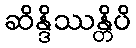
ဆိန္ဒိဿန္တိပိ